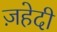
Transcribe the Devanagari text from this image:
ज़हेदी